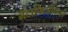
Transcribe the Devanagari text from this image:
मेटाफिजीकल